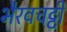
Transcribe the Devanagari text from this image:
भैरवचट्टी